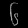
Digit: ၆